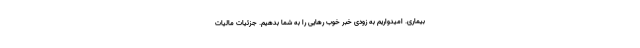
بیماری. امیدواریم به زودی خبر خوب رهایی را به شما بدهیم. جزئیات مالیات